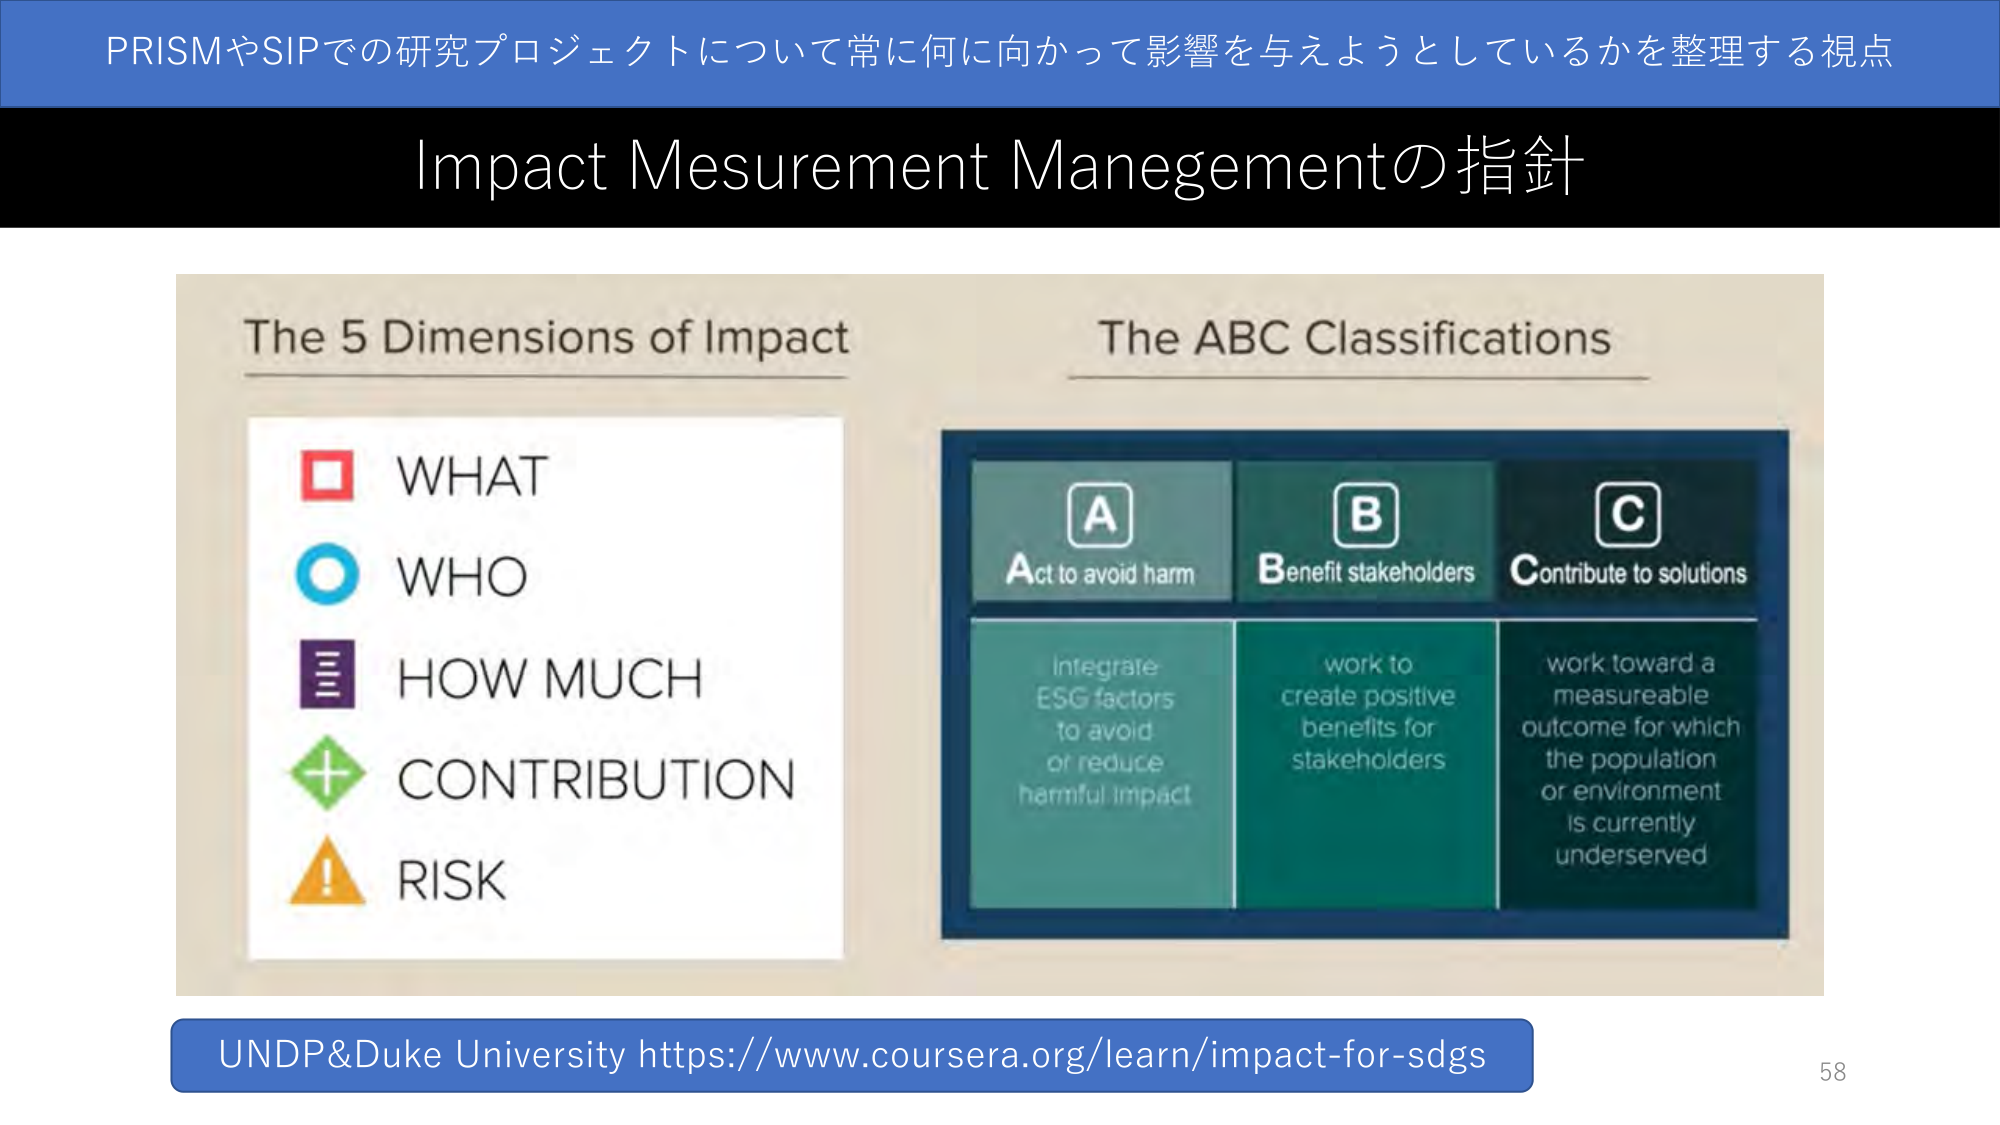
PRISMやSIPでの研究プロジェクトについて常に何に向かって影響を与えようとしているかを整理する視点
Impact Mesurement Managementの指針
The 5 Dimensions of Impact
WHAT
WHO
HOW MUCH
CONTRIBUTION
RISK
The ABC Classifications
A
Act to avoid harm
Integrate
ESG factors
to avoid
or reduce
harmful impact
B
Benefit stakeholders
work to
create positive
benefits for
stakeholders
C
Contribute to solutions
work toward a
measurable
outcome for which
the population
or environment
is currently
underserved
UNDP&Duke University https://www.coursera.org/learn/impact-for-sdgs
58